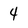
Character: 4